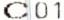
C01